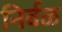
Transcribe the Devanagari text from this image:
निर्बळ